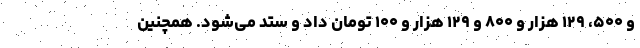
و ۵۰۰، ۱۲۹ هزار و ۸۰۰ و ۱۲۹ هزار و ۱۰۰ تومان داد و ستد می‌شود. همچنین